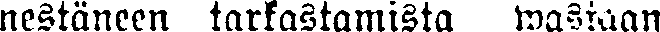
nestäneen tarkastamista wastaan